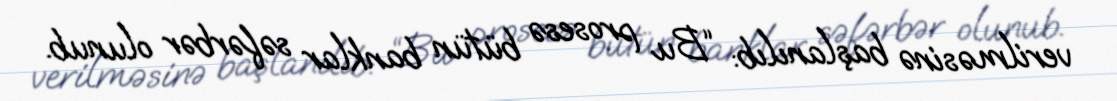
verilməsinə başlanılıb: “Bu prosesə bütün banklar səfərbər olunub.